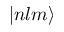
| n l m \rangle